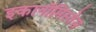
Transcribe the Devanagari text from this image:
इकानॉमिस्तेस